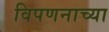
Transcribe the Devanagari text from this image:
विपणनाच्या